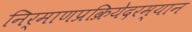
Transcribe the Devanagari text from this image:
निर्माणप्रक्रियेदरम्यान